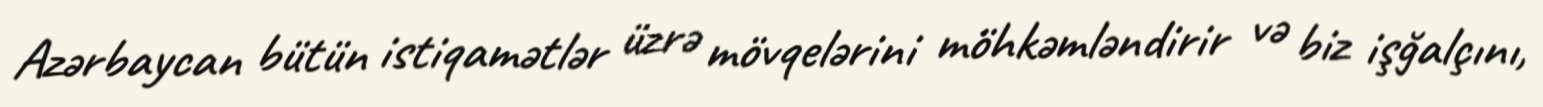
Azərbaycan bütün istiqamətlər üzrə mövqelərini möhkəmləndirir və biz işğalçını,